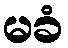
မခံ